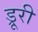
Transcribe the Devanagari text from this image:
ड्रूरी